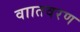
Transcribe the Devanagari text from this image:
वाातवरण